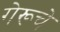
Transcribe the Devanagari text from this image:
गेरूचे